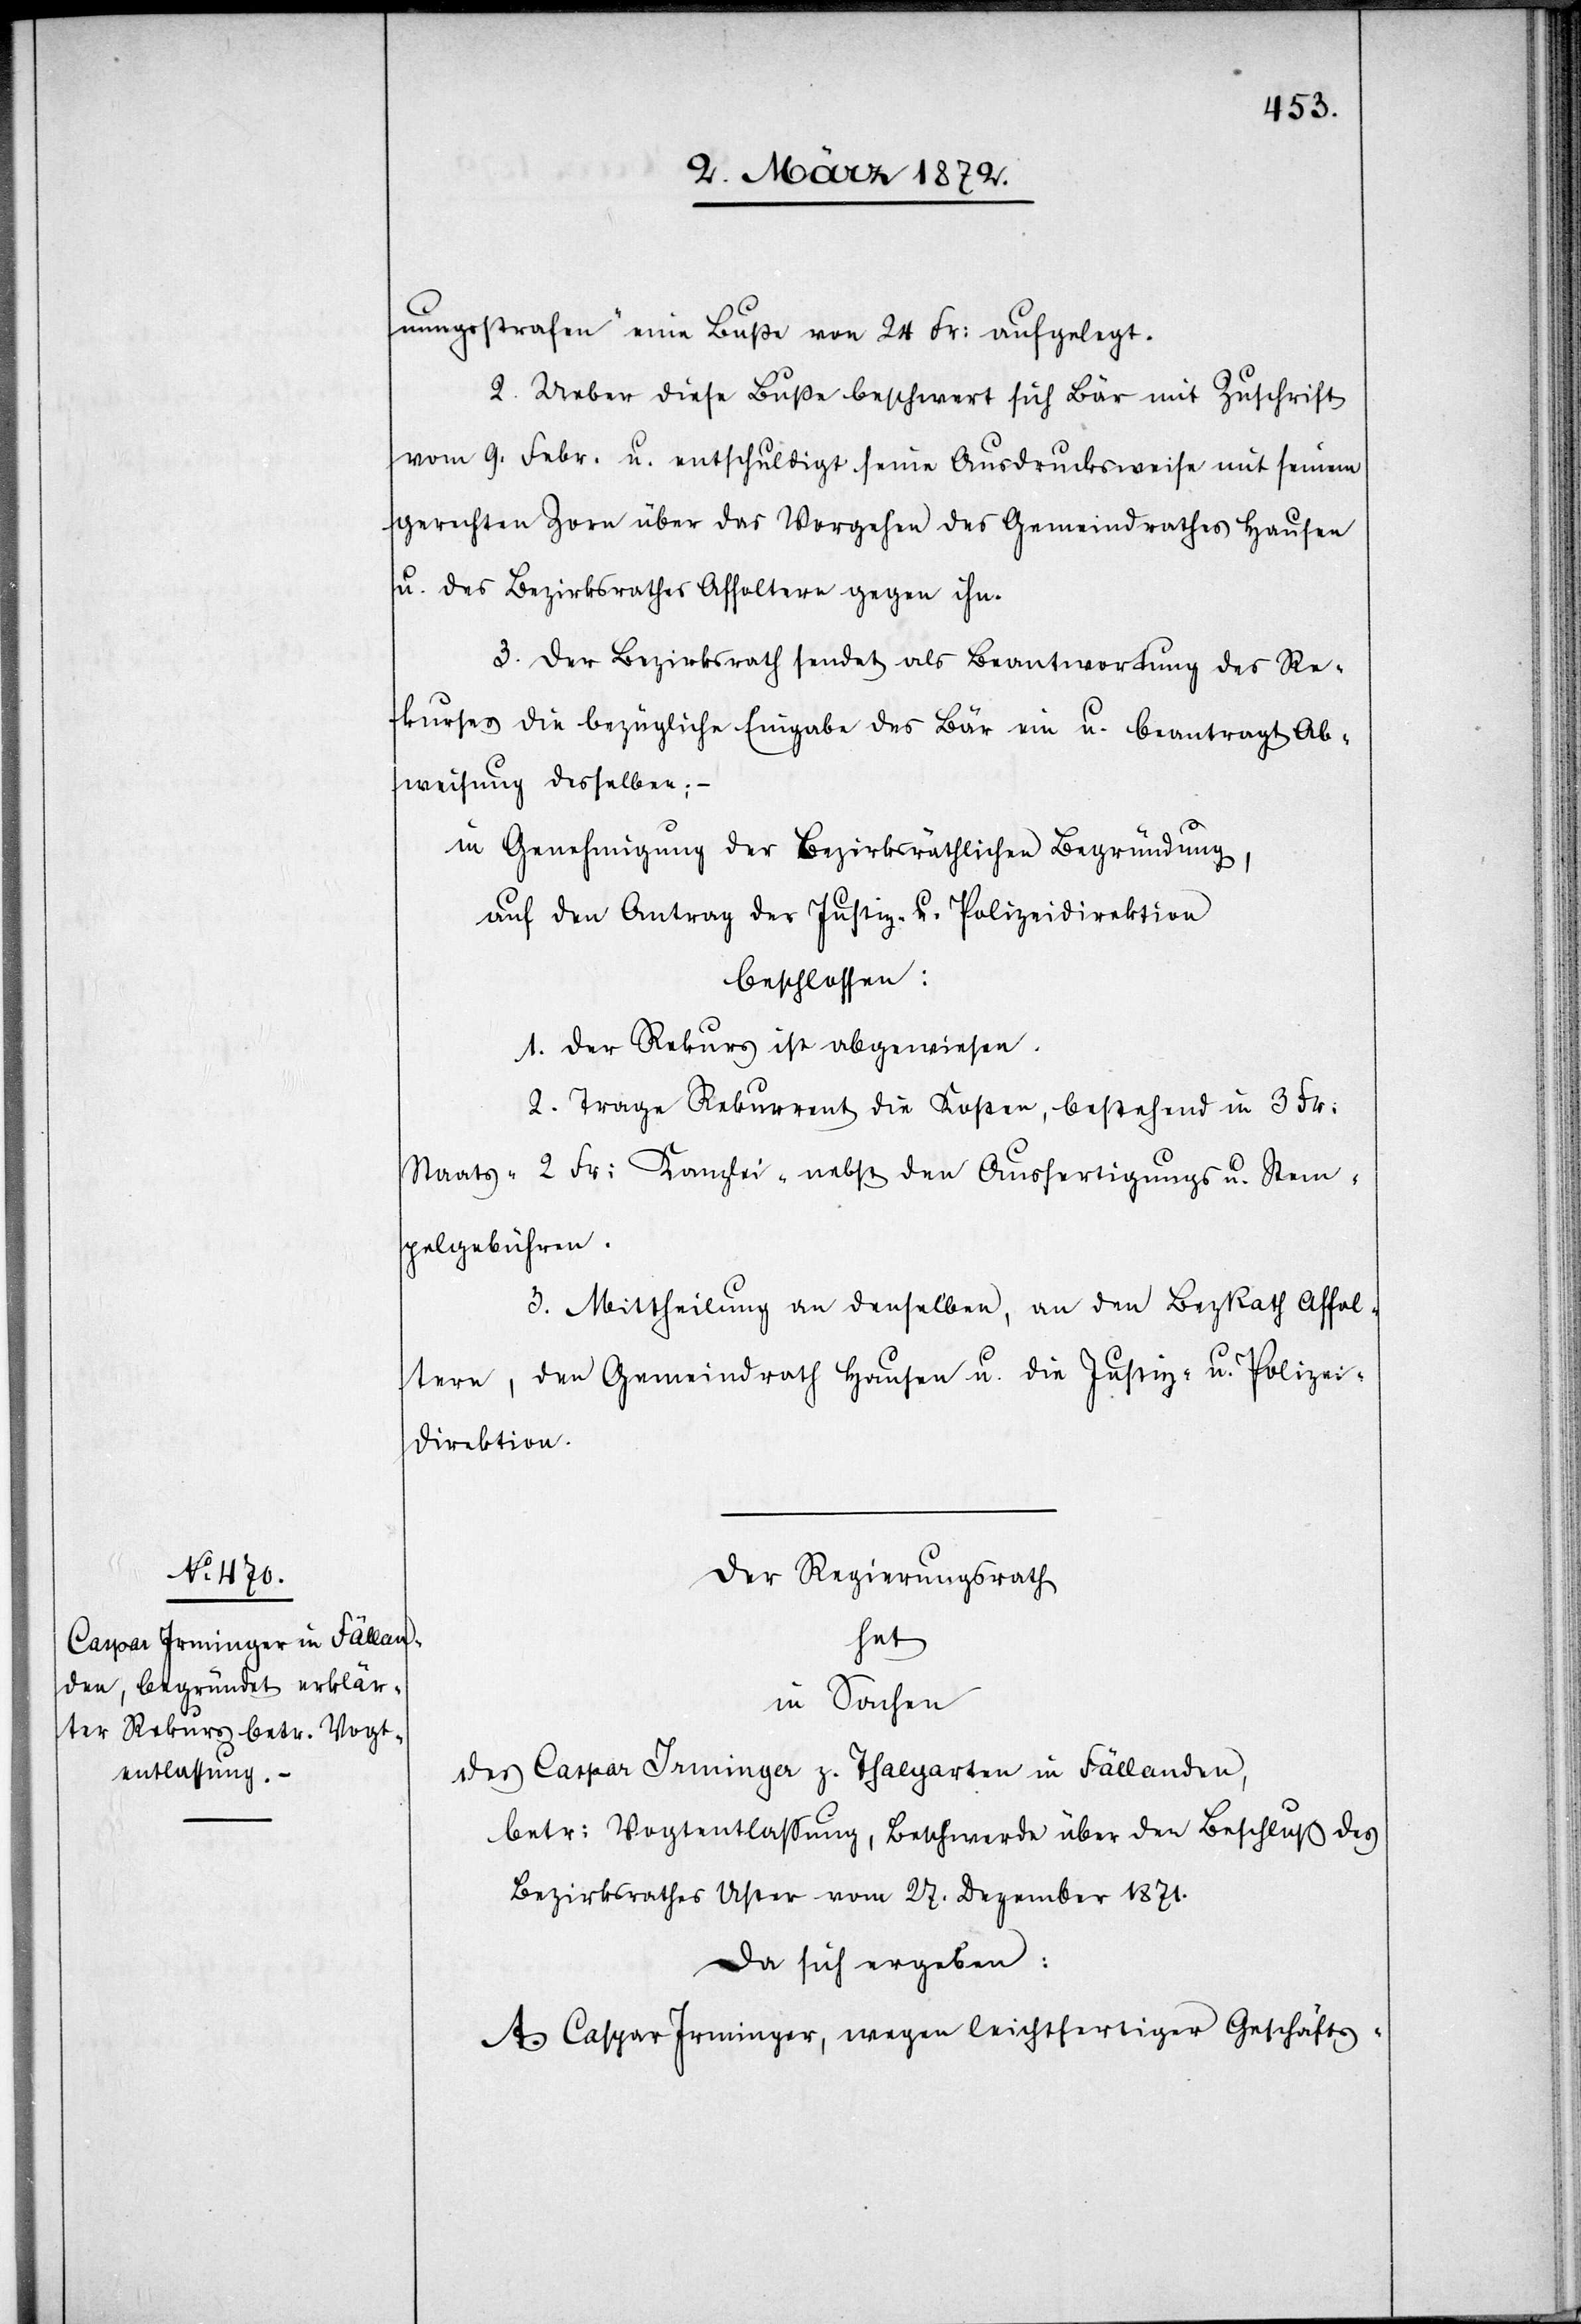
nungsstrafen“ eine Buße von 24 Fr. aufgelegt.
2. Ueber diese Buße beschwert sich Bär mit Zuschrift
vom 9. Febr. u. entschuldigt seine Ausdrucksweise mit seinem
gerechten Zorn über das Vorgehen des Gemeindrathes Hausen
u. des Bezirksrathes Affoltern gegen ihn.
3. Der Bezirksrath sendet als Beantwortung des Re¬
kurses die bezügliche Eingabe des Bär ein u. beantragt Ab¬
weisung desselben; –
in Genehmigung der Bezirksräthlichen Begründung,
auf den Antrag der Justiz- u. Polizeidirektion
beschlossen:
1. Der Rekurs ist abgewiesen.
2. Trage Rekurrent die Kosten, bestehend in 3 Fr.
Staats-[,] 2 Fr. Kanzlei-[,] nebst den Ausfertigungs[-] u. Stem¬
pelgebühren.
3. Mittheilung an denselben, an den BezRath Affol¬
tern, den Gemeindrath Hausen u. die Justiz- u. Polizei¬
direktion.
Der Regierungsrath
hat
in Sachen
des Caspar Irminger z. Thalgarten in Fällanden,
betr. Vogtentlassung, Beschwerde über den Beschluß des
Bezirksrathes Uster vom 27. Dezember 1871.
da sich ergeben:
A. Caspar Irminger, wegen leichtfertiger Geschäfts-